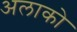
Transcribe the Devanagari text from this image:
अलाको